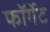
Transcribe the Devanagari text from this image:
फॉर्गेट